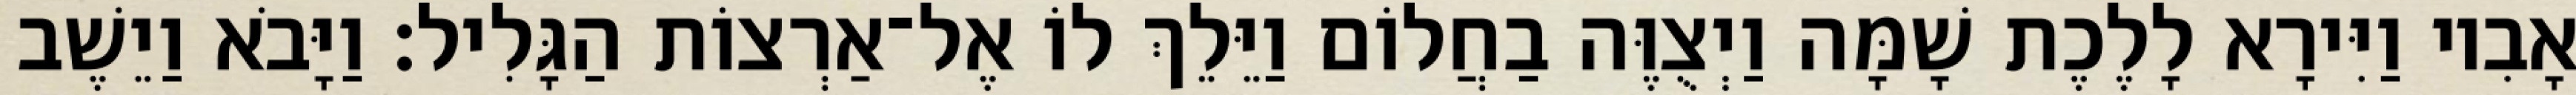
אָבִיו וַיִּירָא לָלֶכֶת שָׁמָּה וַיְצֻוֶּה בַחֲלוֹם וַיֵּלֵךְ לוֹ אֶל־אַרְצוֹת הַגָּלִיל׃ וַיָּבֹא וַיֵשֶׁב